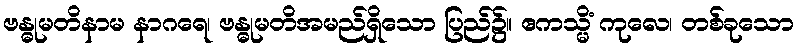
ဗန္ဓုမတိနာမ နာဂရေ၊ ဗန္ဓုမတိအမည်ရှိသော ပြည်၌။ ဧကသ္မိံ ကုလေ၊ တစ်ခုသော